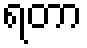
ရတာ